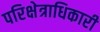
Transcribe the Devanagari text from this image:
परिक्षेत्राधिकारी